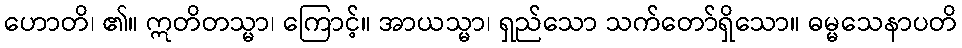
ဟောတိ၊ ၏။ ဣတိတသ္မာ၊ ကြောင့်။ အာယသ္မာ၊ ရှည်သော သက်တော်ရှိသော။ ဓမ္မသေနာပတိ